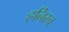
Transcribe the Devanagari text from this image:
हनिस्च